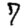
Digit: 7